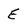
Character: E